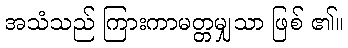
အသံသည် ကြားကာမတ္တမျှသာ ဖြစ် ၏။